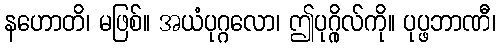
နဟောတိ၊ မဖြစ်။ အယံပုဂ္ဂလော၊ ဤပုဂ္ဂိုလ်ကို။ ပုပ္ဖဘာဏီ၊